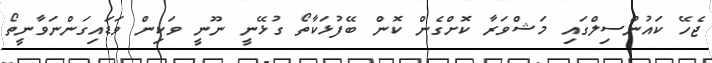
ޖެހޭ ކައުންސިލްގައި މަޝްވަރާ ކޮށްގެން ކޮން ބޭފުޅަކާތޯ ގުޅޭނީ ނޫނީ ވަކިން ވަޑައިގަންނަވާނީތޯ